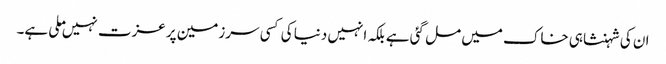
ان کی شہنشاہی خاک میں مل گئی ہے بلکہ انہیں دنیا کی کسی سرزمین پر عزت نہیں ملی ہے۔